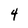
Character: 4